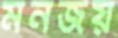
মনজয়